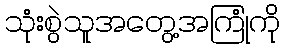
သုံးစွဲသူအတွေ့အကြုံကို